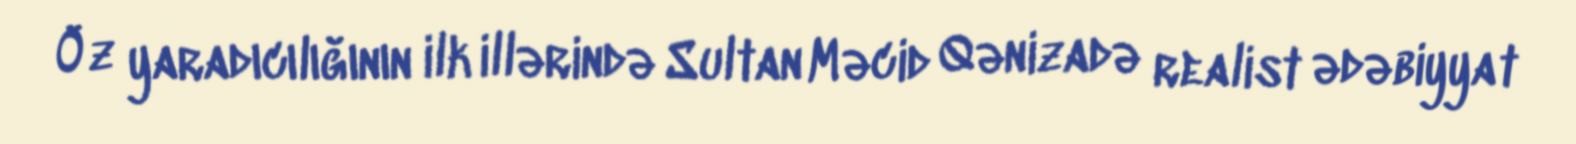
Öz yaradıcılığının ilk illərində Sultan Məcid Qənizadə realist ədəbiyyat